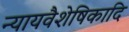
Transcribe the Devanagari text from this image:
न्यायवैशेषिकादि